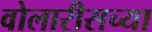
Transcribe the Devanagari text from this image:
वोलारीसच्या